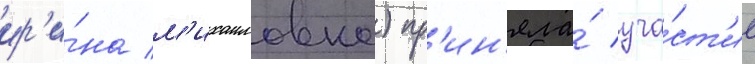
ир'и́на м'ихаиловна) пр'ин'яла́ уча́ст'ие